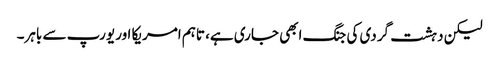
لیکن دہشت گردی کی جنگ ابھی جاری ہے، تاہم امریکا اور یورپ سے باہر۔